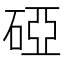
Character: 䃁